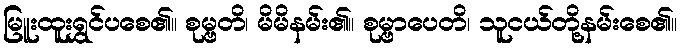
မြူးထူးရွှင်ပစေ၏။ စုမ္ဗတိ၊ မိမိနမ်း၏။ စုမ္ဗာပေတိ၊ သူငယ်တို့နမ်းစေ၏။